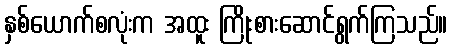
နှစ်ယောက်စလုံးက အထူး ကြိုးစားဆောင်ရွက်ကြသည်။